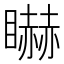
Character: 𥋿